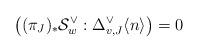
LaTeX: \begin{align*} \bigl( (\pi_J)_* \mathcal{S}_w^\vee : \Delta_{v,J}^\vee \langle n \rangle \bigr) = 0 \end{align*}